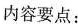
内容要点：